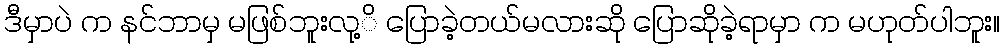
ဒီမှာပဲ က နင်ဘာမှ မဖြစ်ဘူးလု့ိ ပြောခဲ့တယ်မလားဆို ပြောဆိုခဲ့ရာမှာ က မဟုတ်ပါဘူး။